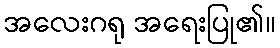
အလေးဂရု အရေးပြု၏။